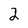
Character: 2